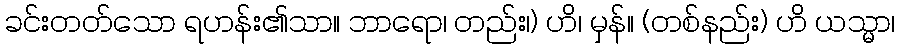
ခင်းတတ်သော ရဟန်း၏သာ။ ဘာရော၊ တည်း၊) ဟိ၊ မှန်။ (တစ်နည်း) ဟိ ယသ္မာ၊